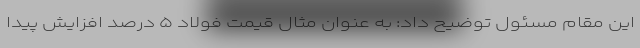
این مقام مسئول توضیح داد: به عنوان مثال قیمت فولاد ۵ درصد افزایش پیدا